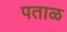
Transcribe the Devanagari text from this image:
पताळ